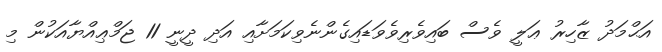
އަޙްމަދު ޒާހިރު ޢަލީ ވެސް ބައިވެރިވެވަޑައިގެންނެވިކަމަށާއި އަދި ދީނީ 11 ޖަމްޢިއްޔާއަކުން މި